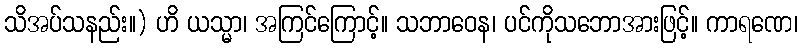
သိအပ်သနည်း။) ဟိ ယသ္မာ၊ အကြင်ကြောင့်။ သဘာဝေန၊ ပင်ကိုသဘောအားဖြင့်။ ကာရဏေ၊